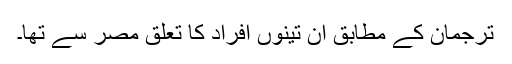
ترجمان کے مطابق ان تینوں افراد کا تعلق مصر سے تھا۔